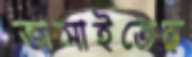
ভাসাইতেছ